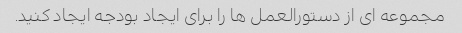
مجموعه ای از دستورالعمل ها را برای ایجاد بودجه ایجاد کنید.